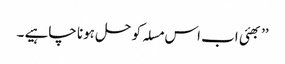
’’ بھئی اب اس مسلہ کو حل ہونا چاہیے ۔